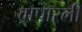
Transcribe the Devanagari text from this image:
वापारली